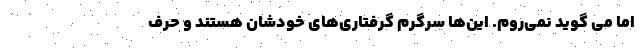
اما می گوید نمی‌روم. این‌ها سرگرم گرفتاری‌های خودشان هستند و حرف‌